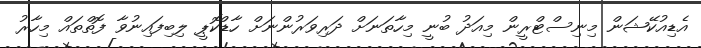
އެޑިއުކޭޝަން މިނިސްޓްރީން މިއަދު ބުނީ މިހާތަނަށް ދަރިވަރުންނަށް ހާޑްކޮޕީ ލިބިފައިނުވާ ފޮތްތައް މިހާރު